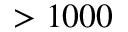
> 1 0 0 0